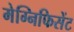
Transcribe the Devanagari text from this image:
मेग्निफिसेंट